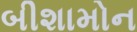
બીશામોન